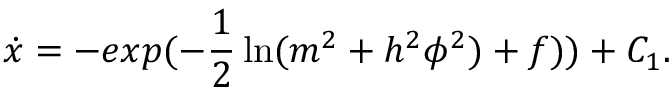
\dot { x } = - e x p ( - \frac { 1 } { 2 } \ln ( m ^ { 2 } + h ^ { 2 } \phi ^ { 2 } ) + f ) ) + C _ { 1 } .